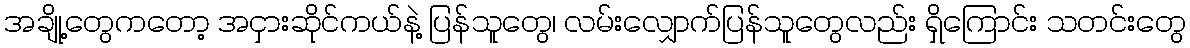
အချို့တွေကတော့ အငှားဆိုင်ကယ်နဲ့ ပြန်သူတွေ၊ လမ်းလျှောက်ပြန်သူတွေလည်း ရှိကြောင်း သတင်းတွေ